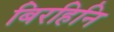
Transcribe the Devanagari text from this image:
बिरहिनि